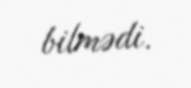
bilmədi.